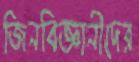
জিনবিজ্ঞানীদের